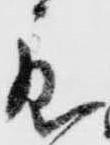
度